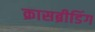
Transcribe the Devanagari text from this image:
क्रासब्रीडिंग